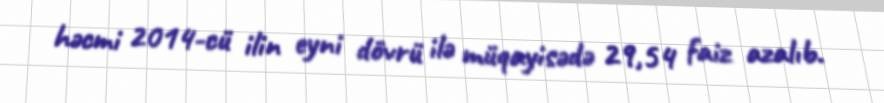
həcmi 2014-cü ilin eyni dövrü ilə müqayisədə 29,54 faiz azalıb.